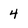
Character: 4